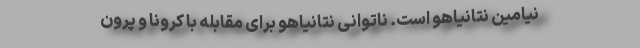
نیامین نتانیاهو است. ناتوانی نتانیاهو برای مقابله با کرونا و پرون